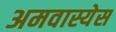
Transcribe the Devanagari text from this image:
अमवास्येस